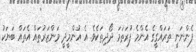
ފެންނަނީ ތަރައްގީގެ އެންމެ ފުރަތަމަ ދޯދިތަކެވެ. އެ އުންމީދީ މަންޒަރުތައް އެތައް ބަޔަކު